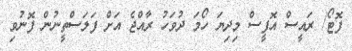
ފޮޓޯ/ ރައީސް އޮފީސް މިދިޔަ ހޯމަ ދުވަހު ރާއްޖެ އަށް ފަލަސްތީނުން ފޮނުވި